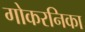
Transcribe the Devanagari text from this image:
गोकरनिका